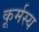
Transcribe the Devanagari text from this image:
कूर्मस्य